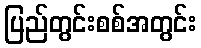
ပြည်တွင်းစစ်အတွင်း